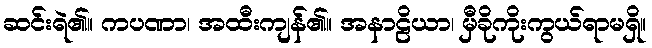
ဆင်းရဲ၏။ ကပဏာ၊ အထီးကျန်၏။ အနာဠိယာ၊ မှီခိုကိုးကွယ်ရာမရှိ။